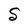
Character: S